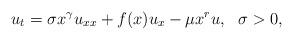
LaTeX: \begin{align*}u_t=\sigma x^\gamma u_{xx}+f(x)u_x-\mu x^r u, ~~\sigma>0,\end{align*}